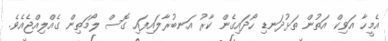
އެމީހާ އަވިކް އަތުން ތަޅުދަނޑި ހޯދައިގެން ކާރު އަނބުރާލައިފައި ގޮސް ލޯމަތިން ގެއްލިއްޖެއެވެ.